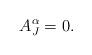
LaTeX: \begin{align*}A_J^\alpha = 0. \end{align*}